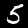
Digit: 5